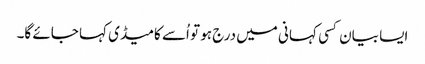
ایسا بیان کسی کہانی میں درج ہو تو اُسے کامیڈی کہا جائے گا۔